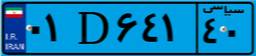
۰۱D۶۴۱۴۰